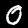
Label: 0